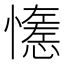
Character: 𢣖